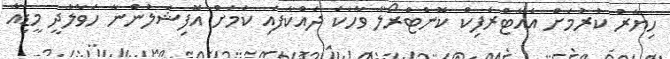
ހިޔާރު ކުރުމަށް އެއާޓްރެފިކް ކޮންޓްރޯލާ ވާހަކަ ދައްކާފައި ކަމަށް އޮފިޝަލުންނާ ހަވާލާދީ މީޑިއާ